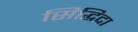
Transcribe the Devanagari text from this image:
सिद्धिदा